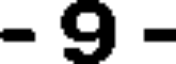
- 9 -